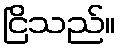
ငြိသည်။